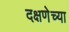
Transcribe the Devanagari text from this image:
दक्षणेच्या